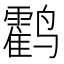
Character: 𬸰